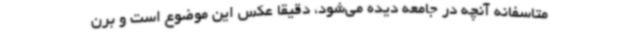
متاسفانه آنچه در جامعه دیده می‌شود، دقیقا عکس این موضوع است و برن